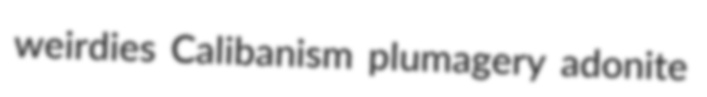
weirdies Calibanism plumagery adonite